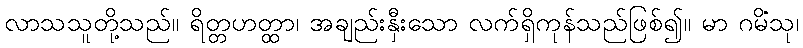
လာသသူတို့သည်။ ရိတ္တဟတ္ထာ၊ အချည်းနှီးသော လက်ရှိကုန်သည်ဖြစ်၍။ မာ ဂမိံသု၊